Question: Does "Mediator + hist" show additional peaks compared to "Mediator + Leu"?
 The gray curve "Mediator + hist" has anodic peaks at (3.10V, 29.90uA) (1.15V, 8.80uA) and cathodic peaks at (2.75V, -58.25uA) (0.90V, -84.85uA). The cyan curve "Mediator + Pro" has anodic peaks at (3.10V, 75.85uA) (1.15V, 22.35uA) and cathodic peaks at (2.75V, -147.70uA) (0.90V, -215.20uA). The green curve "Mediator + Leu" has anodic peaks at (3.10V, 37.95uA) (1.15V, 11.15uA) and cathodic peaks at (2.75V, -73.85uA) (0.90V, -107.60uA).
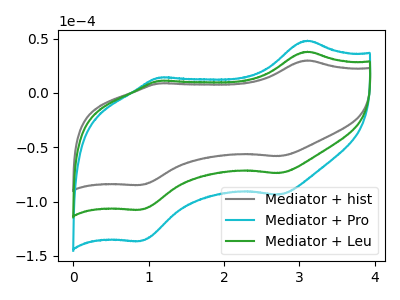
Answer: <think>All the peaks in "Mediator + hist" have a peak in "Mediator + Leu" at the same potential. Every peak in "Mediator + hist" is lower than every peak in "Mediator + Leu".
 </think>
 <answer>No, "Mediator + hist" and "Mediator + Leu" don't appear to be significantly different in shape</answer>
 <eval>no_change</eval>